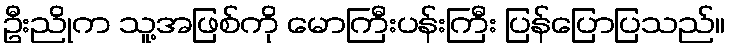
ဦးညိုက သူ့အဖြစ်ကို မောကြီးပန်းကြီး ပြန်ပြောပြသည်။